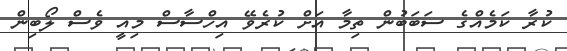
ކުރާ ކަމެއްގެ ސަބަބުން ތިމާ އަށް ކުރެވޭ އިހްސާސް މިއީ ވެސް ލޯބިން